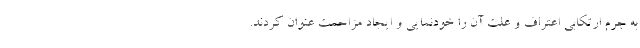
به جرم ارتکابی اعتراف و علت آن را خودنمایی و ایجاد مزاحمت عنوان کردند.